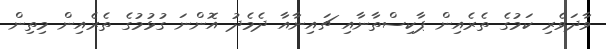
ވާދަވެރި ކަމުގެ ތެރެއިން ޕާކިސްތާނާއި ޗައިނާއާ ދެމެދު އޮންނަ ގުޅުމުގެ ތެރެއިން މިތިން